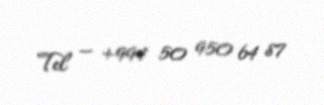
Tel — +994 50 950 64 87